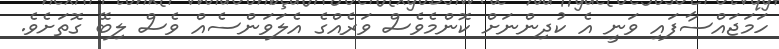
ހަމަޖައްސާފައި ވަނީ އެ ކުދިންނަށް ކޮންމެވެސް ވަރެއްގެ އެލަވަންސެއް ވެސް ލިބޭ ގޮތަށެވެ.